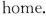
home.